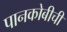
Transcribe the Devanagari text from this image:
पानकोबीची